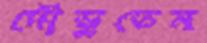
দৌড়ুতেম